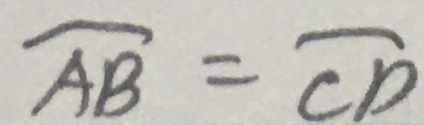
\overline { A B } = \overline { C D }